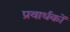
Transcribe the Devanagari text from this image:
प्रवार्धकों